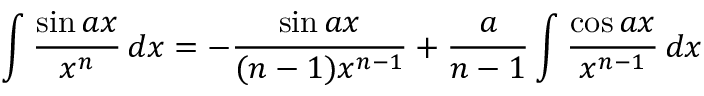
\int { \frac { \sin a x } { x ^ { n } } } \, d x = - { \frac { \sin a x } { ( n - 1 ) x ^ { n - 1 } } } + { \frac { a } { n - 1 } } \int { \frac { \cos a x } { x ^ { n - 1 } } } \, d x